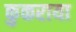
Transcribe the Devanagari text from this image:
कुकराया